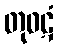
တုဝဋံ